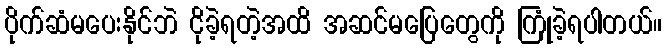
ပိုက်ဆံမပေးနိုင်ဘဲ ငိုခဲ့ရတဲ့အထိ အဆင်မပြေတွေကို ကြုံခဲ့ရပါတယ်။